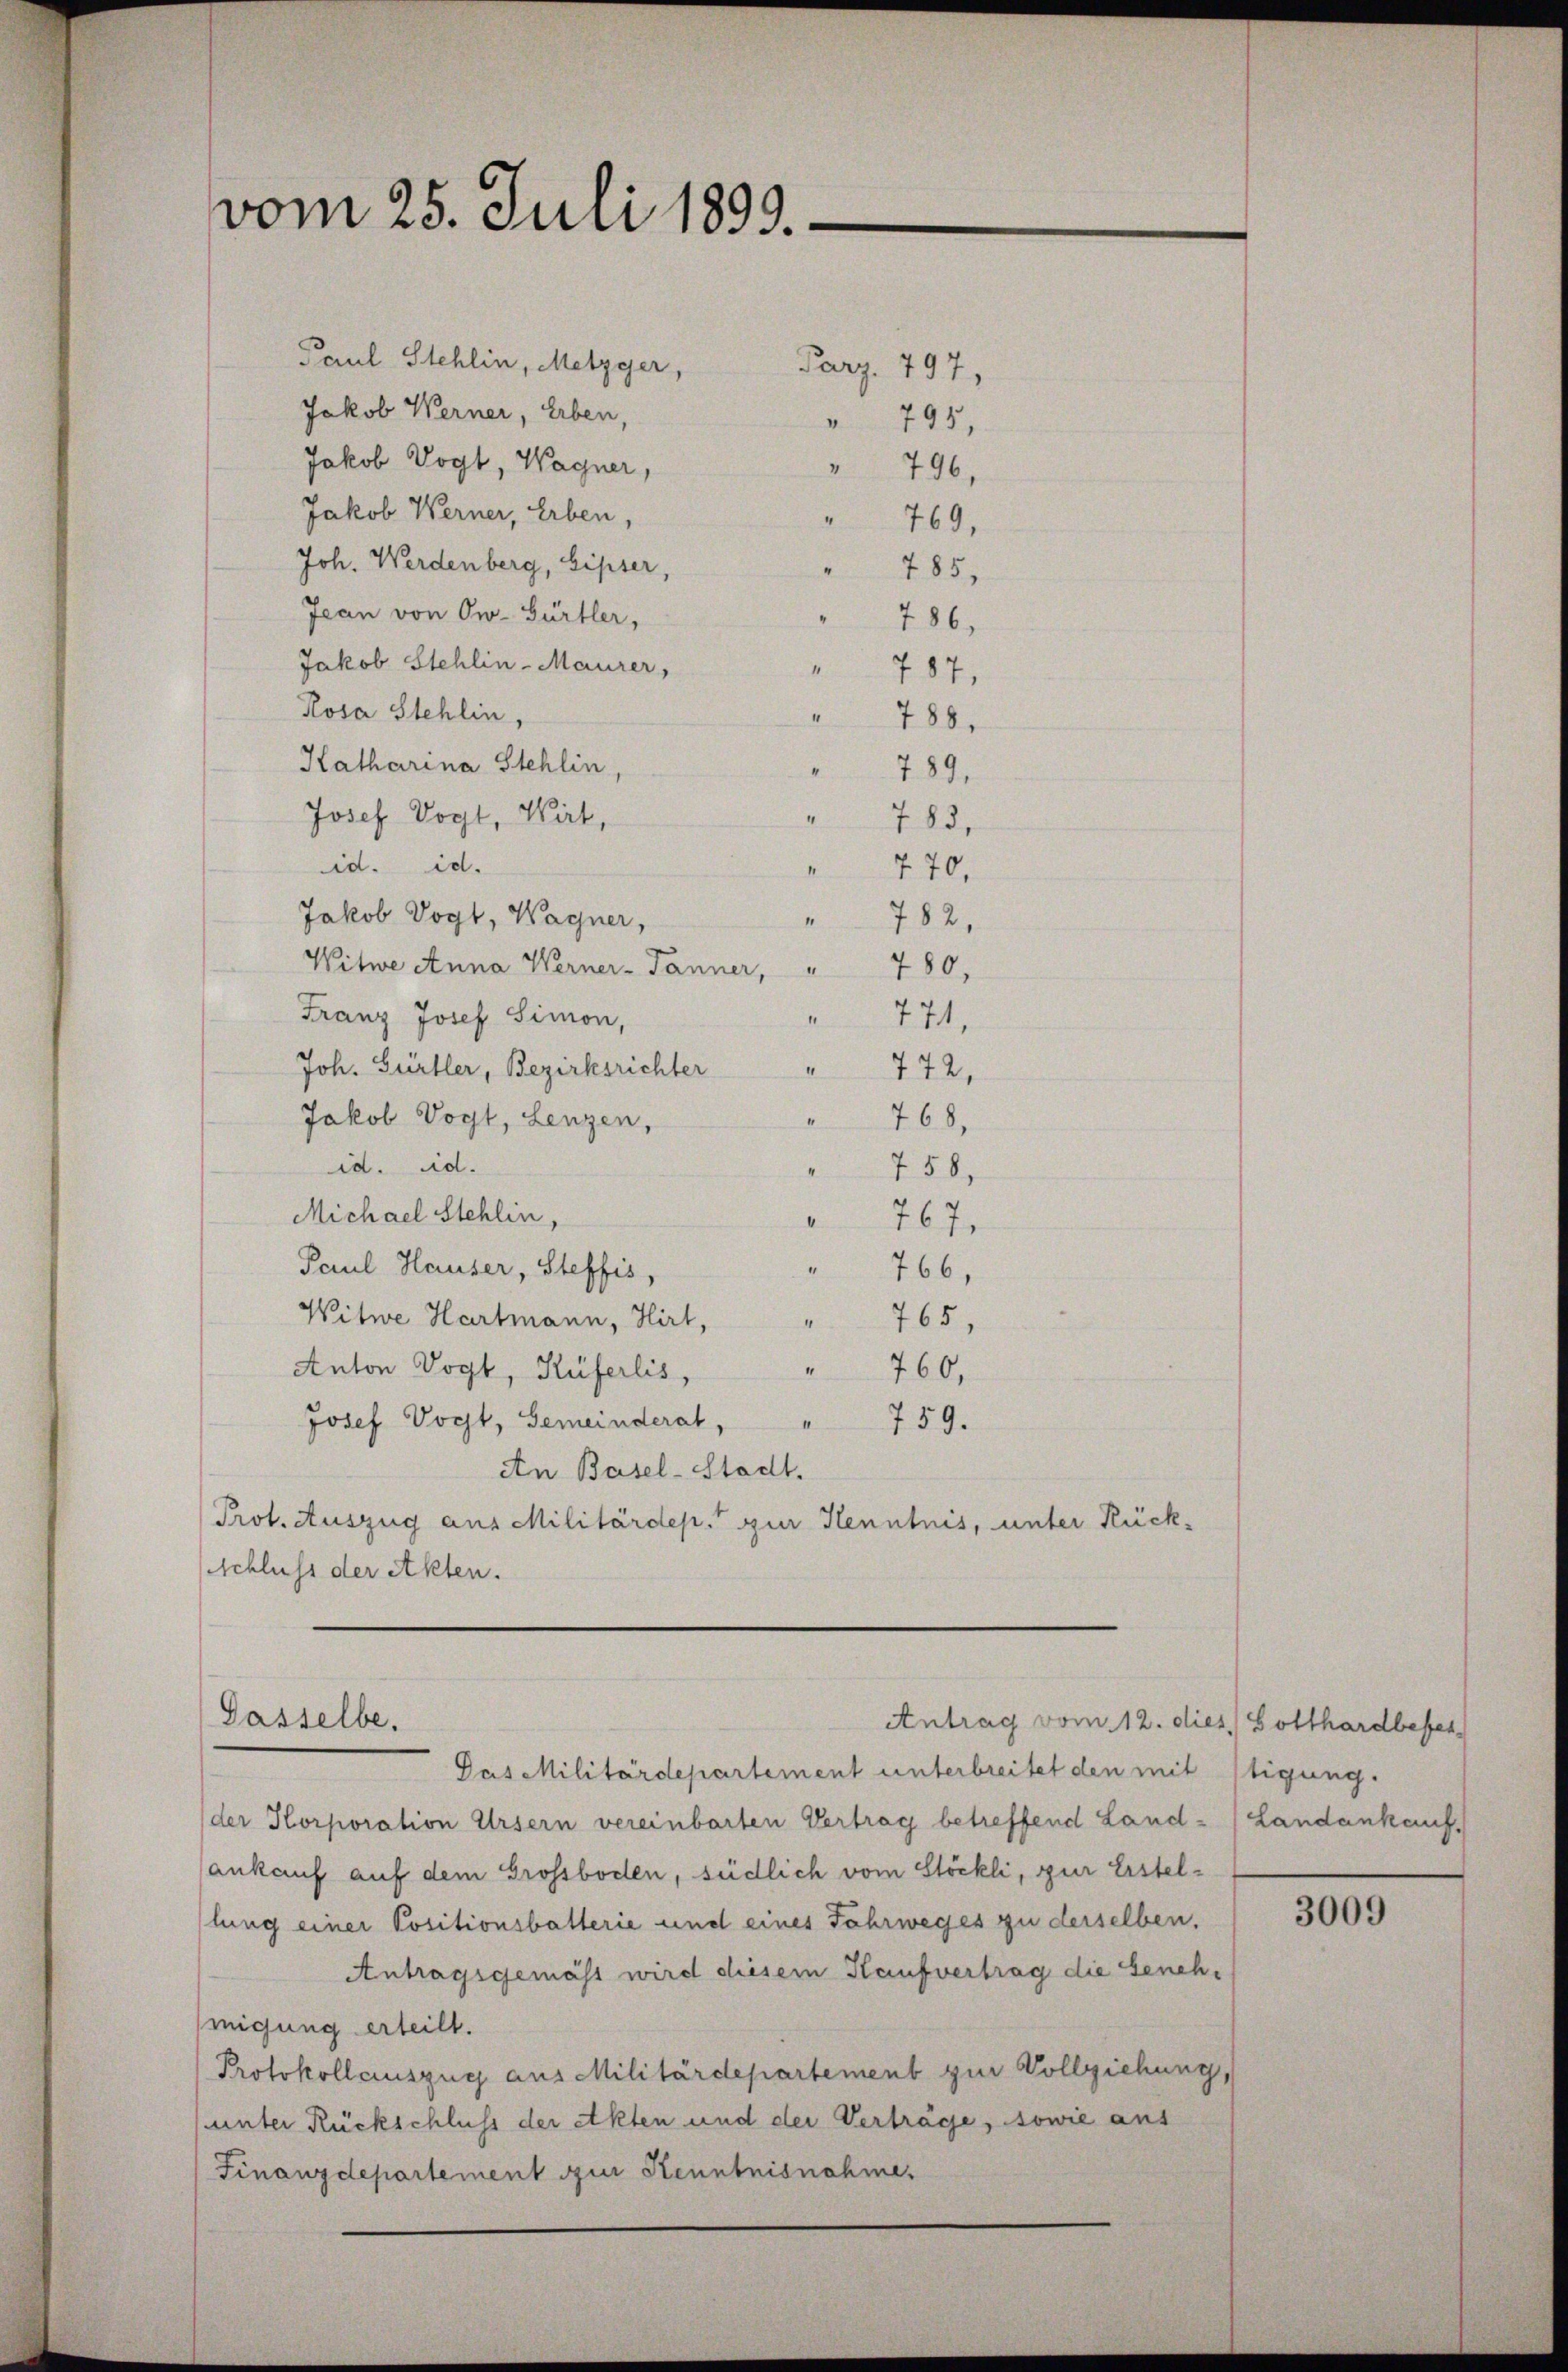
vom 25. Juli 1899.

Paul Stehlin, Metzger,
Jakob Werner, Erben,
Jakob Vogt, Wagner,
Jakob Werner, Erben,
" 769,
Joh. Werdenberg, Sipser,
" 785,
Jean von Ow- Gürtler,
" 786,
Jakob Stehlin-Maurer,
 787,
Rosa Stehlin,
" 788.
Katharina Stehlin,
789.
Josef Vogt, Wirt,
" 785.
id. id.
" 270,
Jakob Vogt, Wagner,
" 782,
Witwe Anna Werner-Tanner, " 780,
Franz Josef Simon,
771,
Joh. Gürtler, Bezirksrichter
I
772.
Jakob Vogt, Lenzen,
768,
id. d.
758,
Michael Stehlin,
 767.
Paul Hauser, Steffis,
" 766,
Witwe Hartmann, Hirt, " 765,
Anton Vogt, Küferlis,
760,
Josef Vogt, Gemeinderat,
759.
An Basel-Stadt.
Prot. Auszug aus Militärdep. zur Kenntnis, unter Rückschluss der Akten.

Parz. 797,
 795,

" 796.

Gasselbe.
Antrag vom 12. di

Das Militärdepartement unterbreitet den mit Stigung.
der Korporation Ursern vereinbarten Vertrag betreffend Land- (Landankauf
ankauf auf dem Grossboden, südlich vom Stöckli, zur Erstellung einer Positionsbatterie und eines Fahrweges zu derselben.
Antragsgemäss wird diesem Kaufvertrag die Genehmigung erteilt.
Protokollauszug aus Militärdepartement zur Vollziehung,
(unter Rückschluss der Akten und der Verträge, sowie aus
Finanzdepartement zur Kenntnisnahme.

ies. Gotthard beses

3009